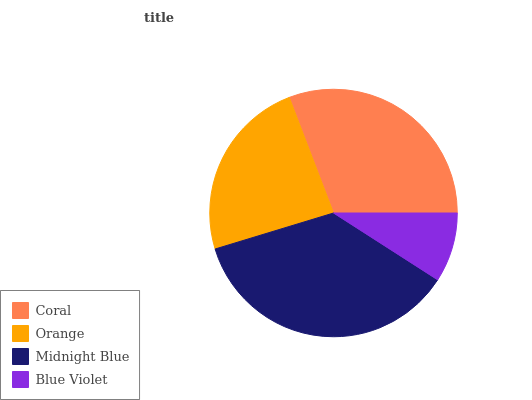
| Coral | Orange | Midnight Blue | Blue Violet |
 | --- | --- | --- | --- |
 | 30.8% | 23.8% | 36.2% | 9.08% |